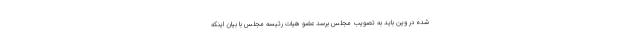
شده در وین باید به تصویب مجلس برسد عضو هیات رئیسه مجلس با بیان اینکه